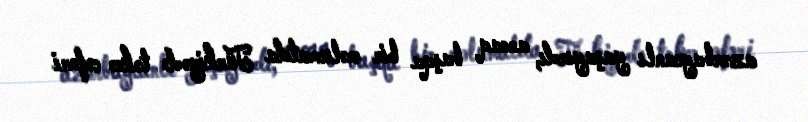
azərbaycanlı yaşayırdı, ancaq başqa bir məlumatda Türkiyədə təkcə cəfəri